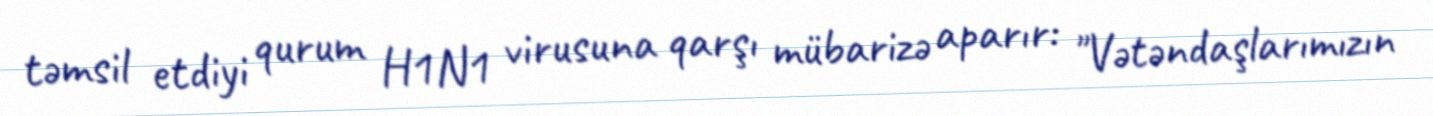
təmsil etdiyi qurum H1N1 virusuna qarşı mübarizə aparır: "Vətəndaşlarımızın